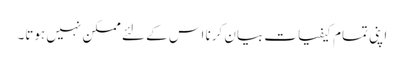
اپنی تمام کیفیات بیان کرنا اس کے لئے ممکن نہیں ہوتا۔